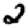
Digit: 2